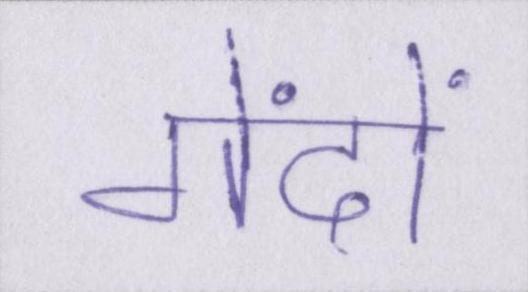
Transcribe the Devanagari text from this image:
गेंदों